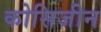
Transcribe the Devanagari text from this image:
कोसिजीन